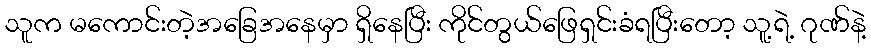
သူက မကောင်းတဲ့အခြေအနေမှာ ရှိနေပြီး ကိုင်တွယ်ဖြေရှင်းခံရပြီးတော့ သူ့ရဲ့ ဂုဏ်နဲ့